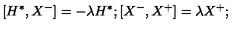
[ H ^ { * } , X ^ { - } ] = - \lambda H ^ { * } ; [ X ^ { - } , X ^ { + } ] = \lambda X ^ { + } ;